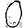
Digit: 0